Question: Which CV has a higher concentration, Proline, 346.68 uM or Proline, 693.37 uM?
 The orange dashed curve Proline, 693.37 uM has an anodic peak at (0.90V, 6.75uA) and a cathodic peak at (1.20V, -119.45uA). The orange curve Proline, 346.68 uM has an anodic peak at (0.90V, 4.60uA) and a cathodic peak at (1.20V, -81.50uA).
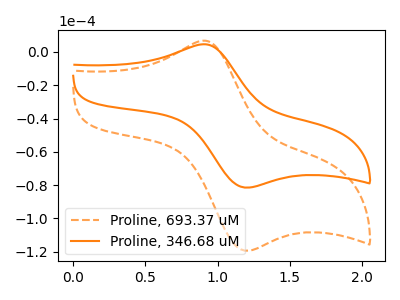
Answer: <think>All the peaks in "Proline, 346.68 uM" have a peak in "Proline, 693.37 uM" at the same potential. Every peak in "Proline, 346.68 uM" is lower than every peak in "Proline, 693.37 uM".
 </think>
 <answer>"Proline, 346.68 uM" has less signal than "Proline, 693.37 uM" and so likely has a lower concentration.</answer>
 <eval>less_concentration</eval>